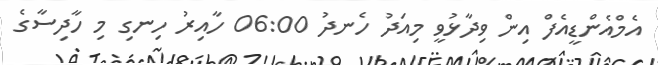
އެމްއެންޑީއެފް އިން ވިދާޅުވީ މިއަދު ހެނދު 06:00 ހާއިރު ހިނގި މި ހާދިސާގެ